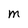
Character: M